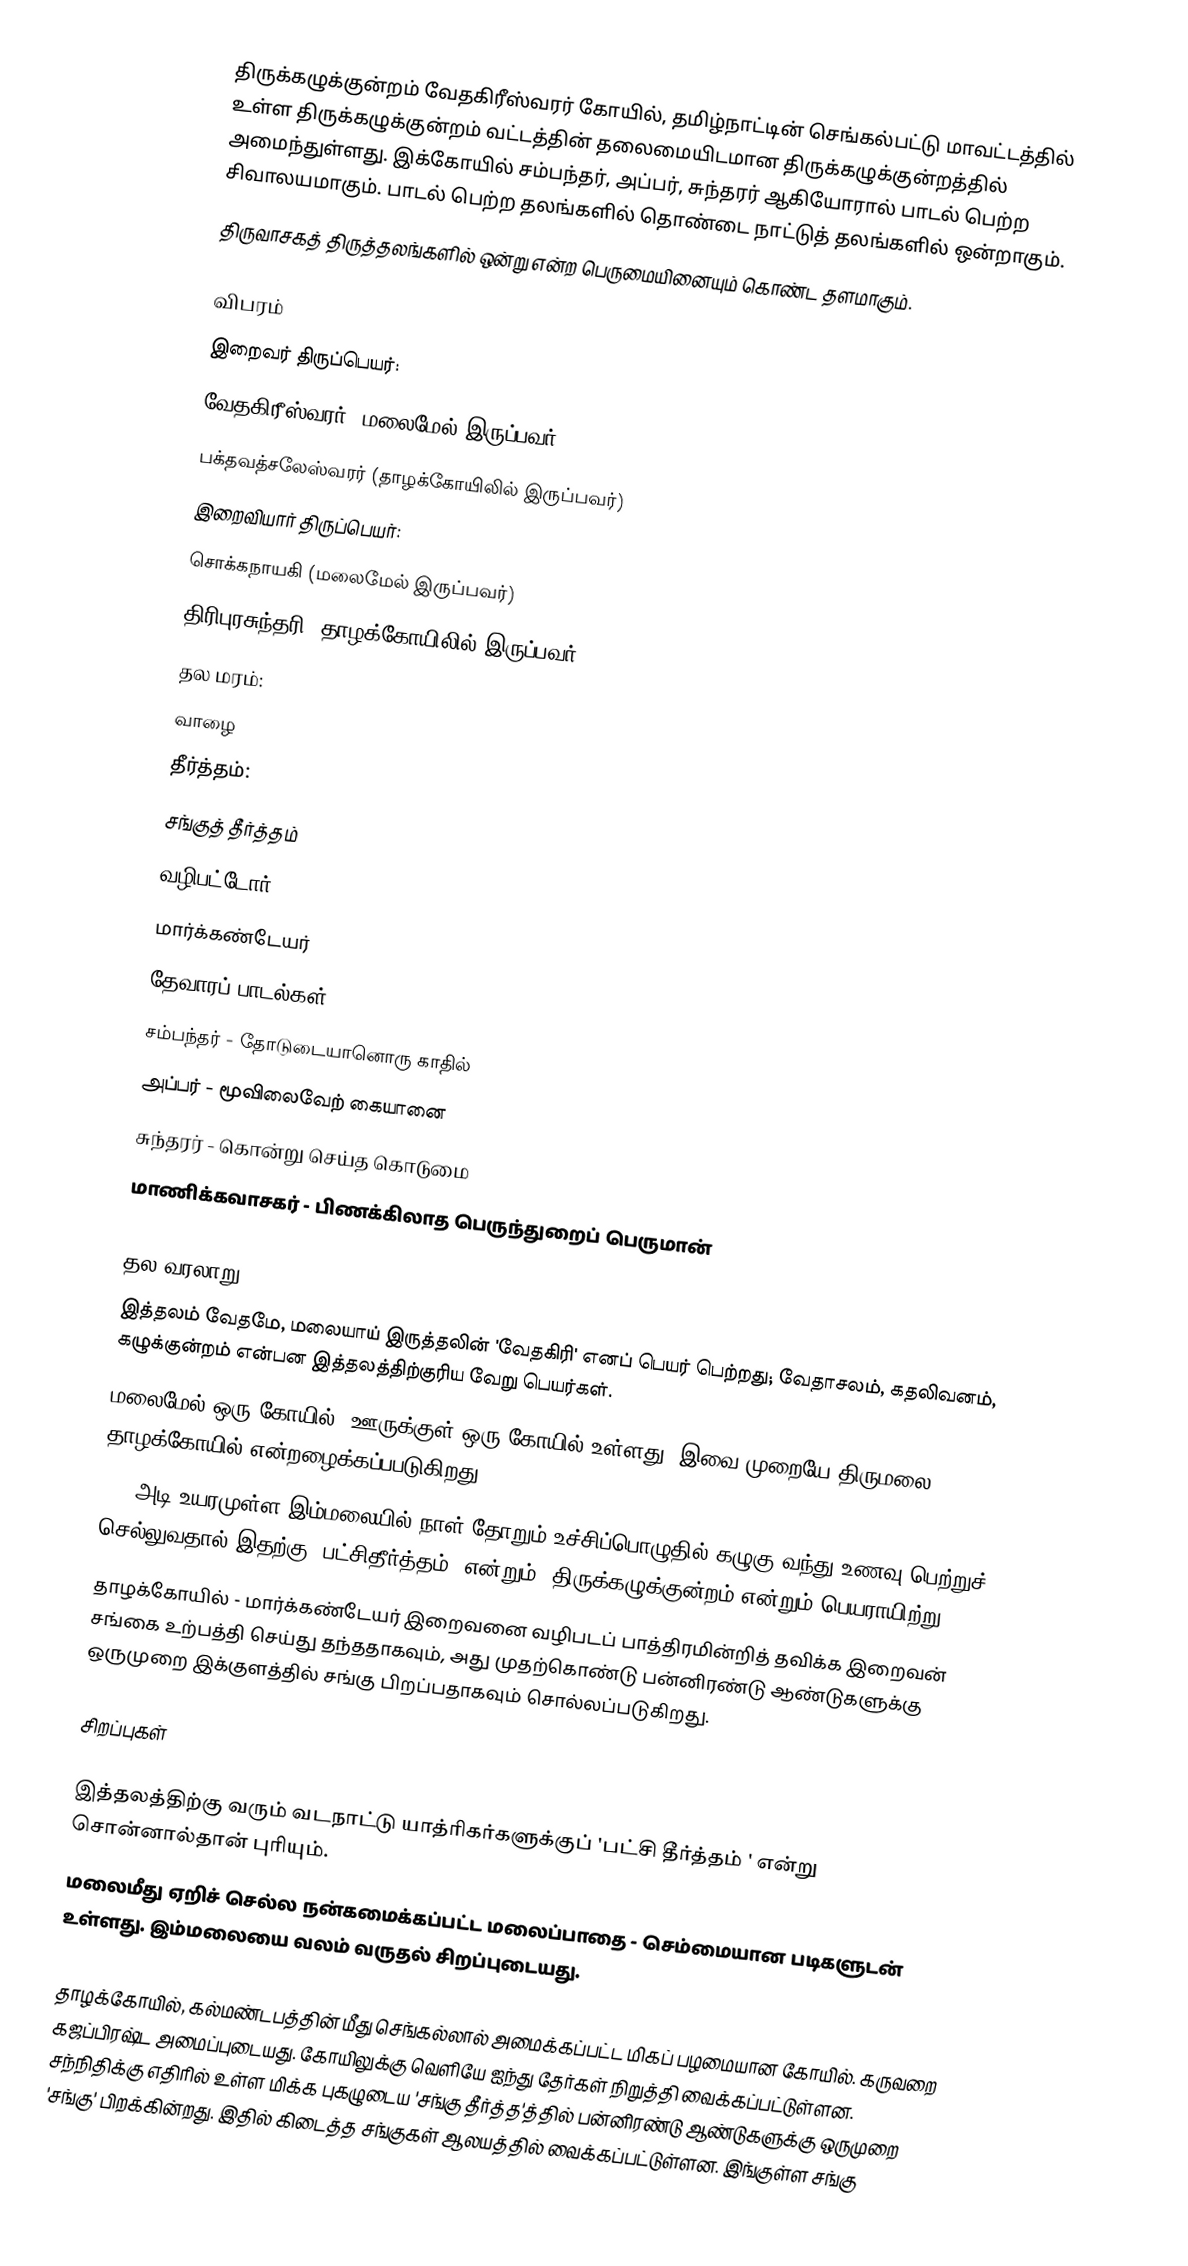
திருக்கழுக்குன்றம் வேதகிரீஸ்வரர் கோயில், தமிழ்நாட்டின் செங்கல்பட்டு மாவட்டத்தில் உள்ள திருக்கழுக்குன்றம் வட்டத்தின் தலைமையிடமான திருக்கழுக்குன்றத்தில் அமைந்துள்ளது. இக்கோயில் சம்பந்தர், அப்பர், சுந்தரர் ஆகியோரால் பாடல் பெற்ற சிவாலயமாகும். பாடல் பெற்ற தலங்களில் தொண்டை நாட்டுத் தலங்களில் ஒன்றாகும்.
திருவாசகத் திருத்தலங்களில் ஒன்று என்ற பெருமையினையும் கொண்ட தளமாகும்.

விபரம்
இறைவர் திருப்பெயர்:
வேதகிரீஸ்வரர் (மலைமேல் இருப்பவர்)
பக்தவத்சலேஸ்வரர் (தாழக்கோயிலில் இருப்பவர்)
இறைவியார் திருப்பெயர்:
சொக்கநாயகி (மலைமேல் இருப்பவர்)
திரிபுரசுந்தரி (தாழக்கோயிலில் இருப்பவர்)
தல மரம்:
வாழை
தீர்த்தம்:
சங்குத் தீர்த்தம்
வழிபட்டோர்:
மார்க்கண்டேயர்
தேவாரப் பாடல்கள்:
சம்பந்தர் -	தோடுடையானொரு காதில்
அப்பர்   -	மூவிலைவேற் கையானை
சுந்தரர்  -	கொன்று செய்த கொடுமை
மாணிக்கவாசகர்  -  பிணக்கிலாத பெருந்துறைப் பெருமான்

தல வரலாறு
இத்தலம் வேதமே, மலையாய் இருத்தலின் 'வேதகிரி' எனப் பெயர் பெற்றது; வேதாசலம், கதலிவனம், கழுக்குன்றம் என்பன இத்தலத்திற்குரிய வேறு பெயர்கள்.
மலைமேல் ஒரு கோயில்; ஊருக்குள் ஒரு கோயில் உள்ளது. இவை முறையே திருமலை, தாழக்கோயில் என்றழைக்கப்பபடுகிறது.
500 அடி உயரமுள்ள இம்மலையில் நாள் தோறும் உச்சிப்பொழுதில் கழுகு வந்து உணவு பெற்றுச் செல்லுவதால் இதற்கு 'பட்சிதீர்த்தம்' என்றும்; திருக்கழுக்குன்றம் என்றும் பெயராயிற்று.
தாழக்கோயில் - மார்க்கண்டேயர் இறைவனை வழிபடப் பாத்திரமின்றித் தவிக்க இறைவன் சங்கை உற்பத்தி செய்து தந்ததாகவும், அது முதற்கொண்டு பன்னிரண்டு ஆண்டுகளுக்கு ஒருமுறை இக்குளத்தில் சங்கு பிறப்பதாகவும் சொல்லப்படுகிறது.

சிறப்புகள்

இத்தலத்திற்கு வரும் வடநாட்டு யாத்ரிகர்களுக்குப் 'பட்சி தீர்த்தம் ' என்று சொன்னால்தான் புரியும்.
மலைமீது ஏறிச் செல்ல நன்கமைக்கப்பட்ட மலைப்பாதை - செம்மையான படிகளுடன் உள்ளது. இம்மலையை வலம் வருதல் சிறப்புடையது.

தாழக்கோயில், கல்மண்டபத்தின் மீது செங்கல்லால் அமைக்கப்பட்ட மிகப் பழமையான கோயில். கருவறை கஜப்பிரஷ்ட அமைப்புடையது. கோயிலுக்கு வெளியே ஐந்து தேர்கள் நிறுத்தி வைக்கப்பட்டுள்ளன. சந்நிதிக்கு எதிரில் உள்ள மிக்க புகழுடைய 'சங்கு தீர்த்த'த்தில் பன்னிரண்டு ஆண்டுகளுக்கு ஒருமுறை 'சங்கு' பிறக்கின்றது. இதில் கிடைத்த சங்குகள் ஆலயத்தில் வைக்கப்பட்டுள்ளன. இங்குள்ள சங்கு